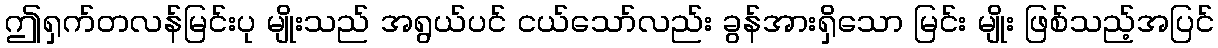
ဤရှက်တလန်မြင်းပု မျိုးသည် အရွယ်ပင် ငယ်သော်လည်း ခွန်အားရှိသော မြင်း မျိုး ဖြစ်သည့်အပြင်